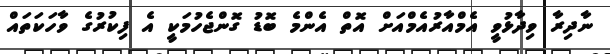
ނާދިރާ ވިދާޅުވީ އެމްއާރުއެމްއަށް އޮތް އެންމެ ބޮޑު ގޮންޖެހުމަކީ އެ ފިކުރުގެ ވާހަކަތައް